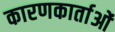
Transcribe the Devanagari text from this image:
कारणकार्ताओं